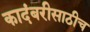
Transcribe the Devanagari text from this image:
कादंबरीसाठीच